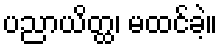
ပညာယိတ္ထ၊ မထင်ခဲ့။